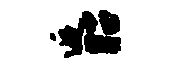
逅昭